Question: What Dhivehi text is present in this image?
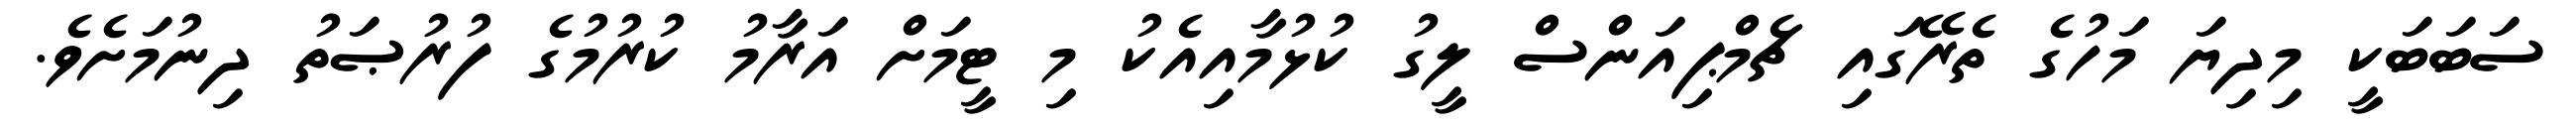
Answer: ސަބަބަކީ މިދިޔަ މަހުގެ ތެރޭގައި ޗެމްޕިއަންސް ލީގު ކުޅުމާއިއެކު މި ޓީމަށް އަރާމު ކުރުމުގެ ފުރުޞަތު ދިނުމަށެވެ.